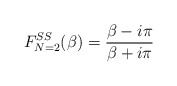
\begin{align*}F^{SS}_{N=2}(\beta)=\frac{\beta-i\pi}{\beta + i\pi}\end{align*}